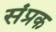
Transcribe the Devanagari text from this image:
संप्रक